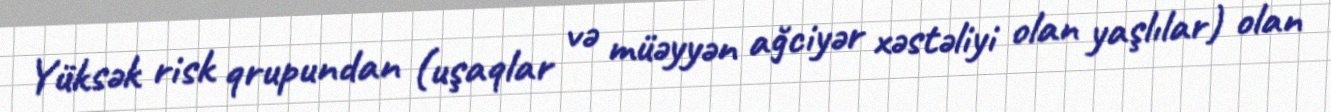
Yüksək risk qrupundan (uşaqlar və müəyyən ağciyər xəstəliyi olan yaşlılar) olan